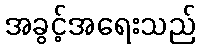
အခွင့်အရေးသည်